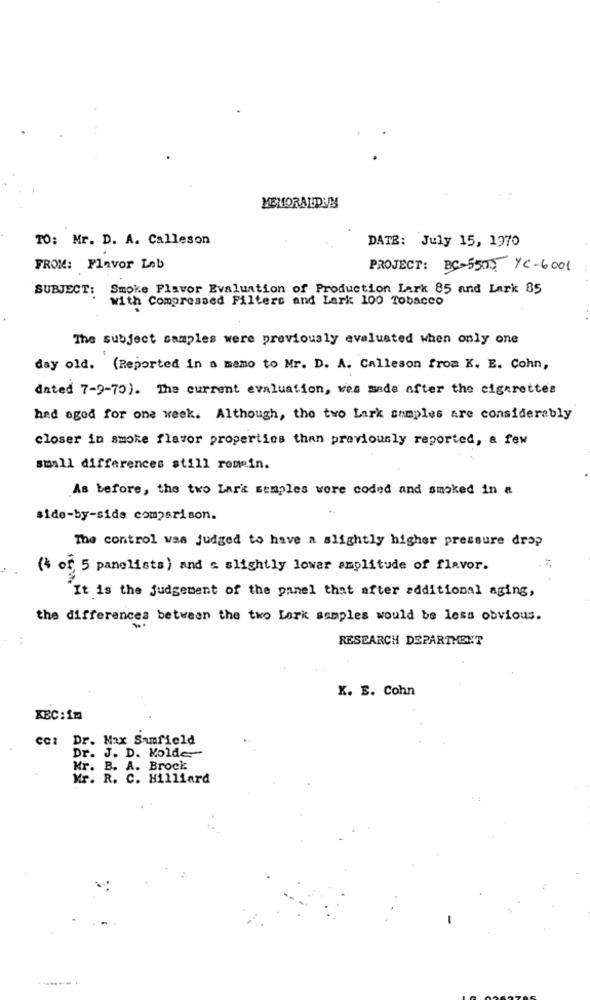
MEMORANDUM
TO: Mr. D. A. Calleson
DATE: July 15, 1970
FROM: Flavor Leb
PROJECT: BC-5505 YC-6001
SUBJECT: Smoke Flavor Evaluation of Production Lark 85 and Lark 85
With Compressed Filters and Lark 100 Tobacco
The subject samples were previously evaluated when only one
day old. (Reported in a mamo to Mr. D. A. Calleson from K. E. Cohn,
dated 7-9-70). The current evaluation, was made after the cigaretter
had ogod for one week. Although, the two Lark samples are considerably
closer in smoke flavor properties than previously reported, & few
small differences still romein.
As before, the two Lar's semples wore coded and smoked in a
side-by-side comparison.
The control was judged to have a slightly higher pressure drop
(* of, 5 panelists) and a slightly lower amplitude of flavor.
It is the judgement of the panel that after additional aging,
the differences between the two Lark samples would be less obvious.
RESEARCH DEPARTMENT
X. E. Cohn
KBC:11
cc: Dr. Max Samfield
Dr. J. D. Molde
Mr. B. A. Brock
Mr. R. C. Hilliard
-----